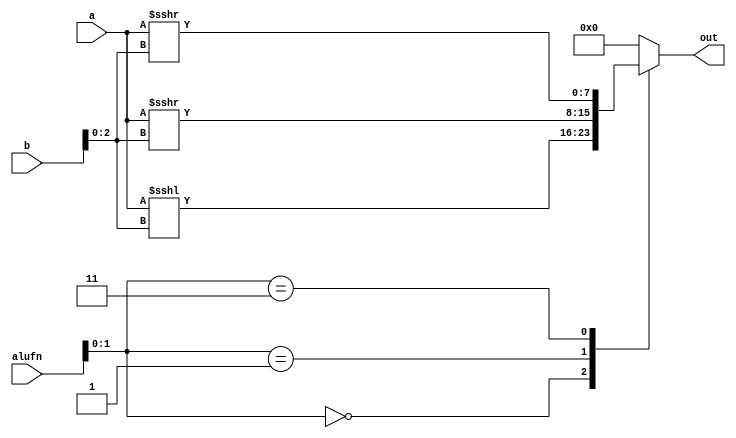
module shifter8_8 (
    input [7:0] a,
    input [7:0] b,
    input [5:0] alufn,
    output reg [7:0] out
  );
  
  
  
  always @* begin
    
    case (alufn[0+1-:2])
      2'h0: begin
        out = a <<< b[0+2-:3];
      end
      2'h1: begin
        out = a >>> b[0+2-:3];
      end
      2'h3: begin
        out = $signed(a) >>> b[0+2-:3];
      end
      default: begin
        out = 1'h0;
      end
    endcase
  end
endmodule